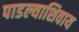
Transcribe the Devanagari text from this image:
पाडल्याशिवाय